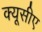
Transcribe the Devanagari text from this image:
क्यूसीए